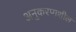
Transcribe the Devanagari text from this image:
अनुकरणशील